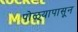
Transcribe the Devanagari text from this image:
पोळ्यापासून